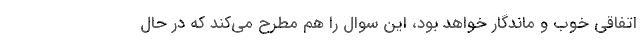
اتفاقی خوب و ماندگار خواهد بود، این سوال را هم مطرح می‌کند که در حال